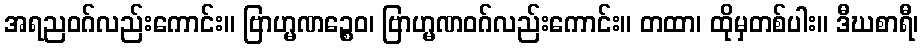
အရညဝဂ်လည်းကောင်း။ ဗြာဟ္မဏဉ္စေဝ၊ ဗြာဟ္မဏဝဂ်လည်းကောင်း။ တထာ၊ ထိုမှတစ်ပါး။ ဒီဃစာရီ၊